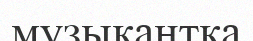
музыкантқа